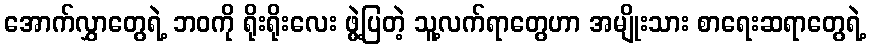
အောက်လွှာတွေရဲ့ ဘဝကို ရိုးရိုးလေး ဖွဲ့ပြတဲ့ သူ့လက်ရာတွေဟာ အမျိုးသား စာရေးဆရာတွေရဲ့